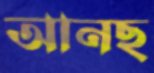
আনছ